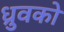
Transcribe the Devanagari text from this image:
ध्रुवको